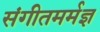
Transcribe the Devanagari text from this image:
संगीतमर्मज्ञ